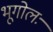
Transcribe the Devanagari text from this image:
भूगोलः